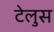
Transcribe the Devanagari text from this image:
टेलुस